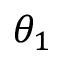
\theta _ { 1 }